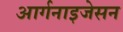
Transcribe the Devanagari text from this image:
आर्गनाइजेसन